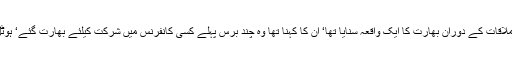
مجھے آج بھی یاد ہے راجہ فاروق حیدر نے اس ملاقات کے دوران بھارت کا ایک واقعہ سنایا تھا‘ ان کا کہنا تھا وہ چند برس پہلے کسی کانفرنس میں شرکت کیلئے بھارت گئے‘ ہوٹل کی لابی میں انہیں ایک ہندو عورت دکھائی دی۔